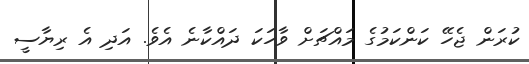
ކުރަން ޖެހޭ ކަންކަމުގެ މައްޗަށް ވާހަކަ ދައްކާނެ އެވެ. އަދި އެ ރިޔާސީ